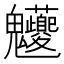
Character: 𩵉